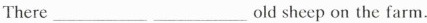
There ______oid sheep on the farm.